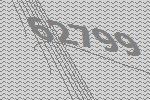
62799